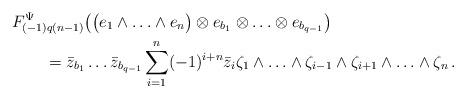
LaTeX: \begin{align*}&F^{\Psi}_{(-1)q(n-1)}\bigl( \bigl( e_{1}\wedge\ldots \wedge e_{n}\bigr) \otimes e_{b_1}\otimes \ldots \otimes e_{b_{q-1}} \bigr)\\ &\qquad=\Bar{z}_{b_1} \ldots \Bar{z}_{b_{q-1}} \sum_{i=1}^{n} (-1)^{i+n} \Bar{z}_{i} {\zeta}_{1}\wedge \ldots \wedge{\zeta}_{i-1} \wedge{\zeta}_{i+1} \wedge \ldots \wedge {\zeta}_{n}\,.\end{align*}